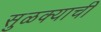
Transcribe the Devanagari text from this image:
सुळक्याची